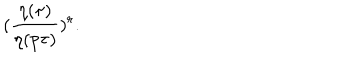
LaTeX: ( \frac { \eta ( { \tau } ) } { \eta ( p \tau ) } ) ^ { r } .